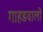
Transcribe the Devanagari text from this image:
गाहडवालों